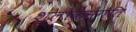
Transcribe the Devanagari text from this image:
श्लोकसंगति